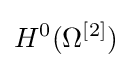
H^{0}(\Omega ^{[2]})